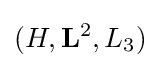
(H,\mathbf {L} ^{2},L_{3})